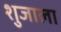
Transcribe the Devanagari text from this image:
शुजाला